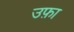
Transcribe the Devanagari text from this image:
उफ़ा